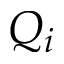
Q _ { i }